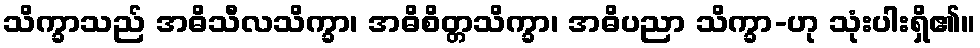
သိက္ခာသည် အဓိသီလသိက္ခာ၊ အဓိစိတ္တသိက္ခာ၊ အဓိပညာ သိက္ခာ-ဟု သုံးပါးရှိ၏။